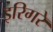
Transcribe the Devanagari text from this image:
इरिगरे